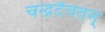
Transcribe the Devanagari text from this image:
चन्द्रदैवतम्